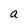
Character: a